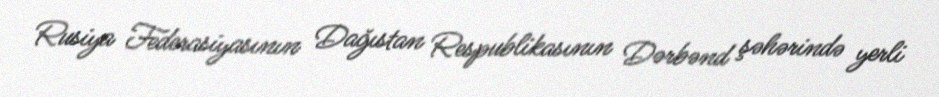
Rusiya Federasiyasının Dağıstan Respublikasının Dərbənd şəhərində yerli